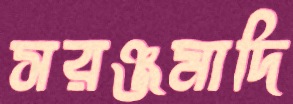
সরঞ্জমাদি